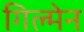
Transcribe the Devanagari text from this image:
गिल्मेन